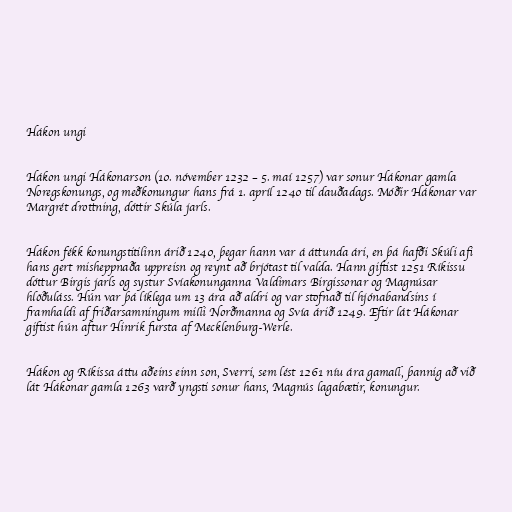
Hákon ungi

Hákon ungi Hákonarson (10. nóvember 1232 – 5. maí 1257) var sonur Hákonar gamla
Noregskonungs, og meðkonungur hans frá 1. apríl 1240 til dauðadags. Móðir Hákonar var
Margrét drottning, dóttir Skúla jarls.

Hákon fékk konungstitilinn árið 1240, þegar hann var á áttunda ári, en þá hafði Skúli afi
hans gert misheppnaða uppreisn og reynt að brjótast til valda. Hann giftist 1251 Ríkissu
dóttur Birgis jarls og systur Svíakonunganna Valdimars Birgissonar og Magnúsar
hlöðuláss. Hún var þá líklega um 13 ára að aldri og var stofnað til hjónabandsins í
framhaldi af friðarsamningum milli Norðmanna og Svía árið 1249. Eftir lát Hákonar
giftist hún aftur Hinrik fursta af Mecklenburg-Werle.

Hákon og Ríkissa áttu aðeins einn son, Sverri, sem lést 1261 níu ára gamall, þannig að við
lát Hákonar gamla 1263 varð yngsti sonur hans, Magnús lagabætir, konungur.